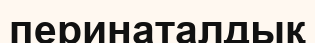
перинаталдық